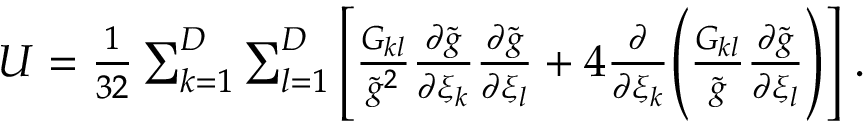
\begin{array} { r } { U = \frac { 1 } { 3 2 } \sum _ { k = 1 } ^ { D } \sum _ { l = 1 } ^ { D } \Bigg [ \frac { G _ { k l } } { \tilde { g } ^ { 2 } } \frac { \partial \tilde { g } } { \partial \xi _ { k } } \frac { \partial \tilde { g } } { \partial \xi _ { l } } + 4 \frac { \partial } { \partial \xi _ { k } } \Bigg ( \frac { G _ { k l } } { \tilde { g } } \frac { \partial \tilde { g } } { \partial \xi _ { l } } \Bigg ) \Bigg ] \; . } \end{array}